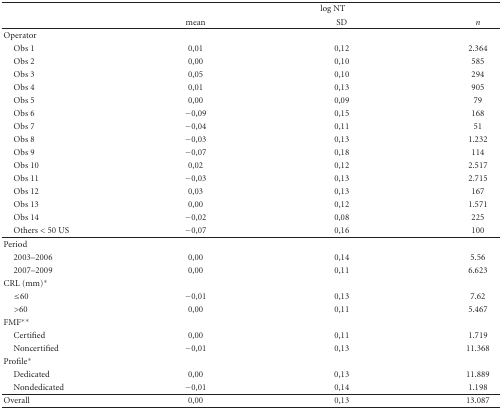
<table><thead><tr><td></td><td colspan="3"><b>log NT</b></td></tr><tr><td></td><td><b>mean</b></td><td><b>SD</b></td><td><b><i>n</i></b></td></tr></thead><tbody><tr><td>Operator</td><td></td><td></td><td></td></tr><tr><td> Obs 1</td><td>0,01</td><td>0,12</td><td>2.364</td></tr><tr><td> Obs 2</td><td>0,00</td><td>0,10</td><td>585</td></tr><tr><td> Obs 3</td><td>0,05</td><td>0,10</td><td>294</td></tr><tr><td> Obs 4</td><td>0,01</td><td>0,13</td><td>905</td></tr><tr><td> Obs 5</td><td>0,00</td><td>0,09</td><td>79</td></tr><tr><td> Obs 6</td><td>−0,09</td><td>0,15</td><td>168</td></tr><tr><td> Obs 7</td><td>−0,04</td><td>0,11</td><td>51</td></tr><tr><td> Obs 8</td><td>−0,03</td><td>0,13</td><td>1.232</td></tr><tr><td> Obs 9</td><td>−0,07</td><td>0,18</td><td>114</td></tr><tr><td> Obs 10</td><td>0,02</td><td>0,12</td><td>2.517</td></tr><tr><td> Obs 11</td><td>−0,03</td><td>0,13</td><td>2.715</td></tr><tr><td> Obs 12</td><td>0,03</td><td>0,13</td><td>167</td></tr><tr><td> Obs 13</td><td>0,00</td><td>0,12</td><td>1.571</td></tr><tr><td> Obs 14</td><td>−0,02</td><td>0,08</td><td>225</td></tr><tr><td> Others &lt; 50 US</td><td>−0,07</td><td>0,16</td><td>100</td></tr><tr><td>Period</td><td></td><td></td><td></td></tr><tr><td> 2003–2006</td><td>0,00</td><td>0,14</td><td>5.56</td></tr><tr><td> 2007–2009</td><td>0,00</td><td>0,11</td><td>6.623</td></tr><tr><td>CRL (mm)*</td><td></td><td></td><td></td></tr><tr><td> ≤60</td><td>−0,01</td><td>0,13</td><td>7.62</td></tr><tr><td> &gt;60</td><td>0,00</td><td>0,11</td><td>5.467</td></tr><tr><td>FMF**</td><td></td><td></td><td></td></tr><tr><td> Certified</td><td>0,00</td><td>0,11</td><td>1.719</td></tr><tr><td> Noncertified</td><td>−0,01</td><td>0,13</td><td>11.368</td></tr><tr><td>Profile*</td><td></td><td></td><td></td></tr><tr><td> Dedicated</td><td>0,00</td><td>0,13</td><td>11.889</td></tr><tr><td> Nondedicated</td><td>−0,01</td><td>0,14</td><td>1.198</td></tr><tr><td>Overall</td><td>0,00</td><td>0,13</td><td>13.087</td></tr></tbody></table>